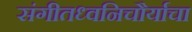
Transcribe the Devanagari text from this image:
संगीतध्वनिचौर्याचा